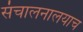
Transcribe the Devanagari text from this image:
संचालनालयाच